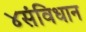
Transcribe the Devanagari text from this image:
४संविधान